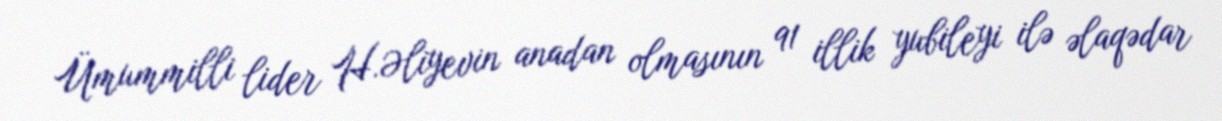
Ümummilli lider H.Əliyevin anadan olmasının 91 illik yubileyi ilə əlaqədar